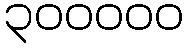
၃၀၀၀၀၀